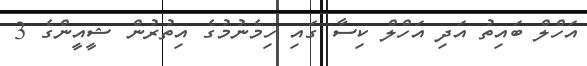
އަހްލް ބައިތު އަދި އަހްލް ކިސާ ގައި ހިމެނުމުގެ އިތުރުން ޝީއީންގެ 3